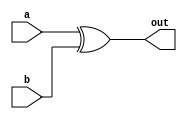

module XOR_module(a,b,out);
    input wire a,b;
    output wire out;
    
    
    assign out = a ^ b; 
endmodule